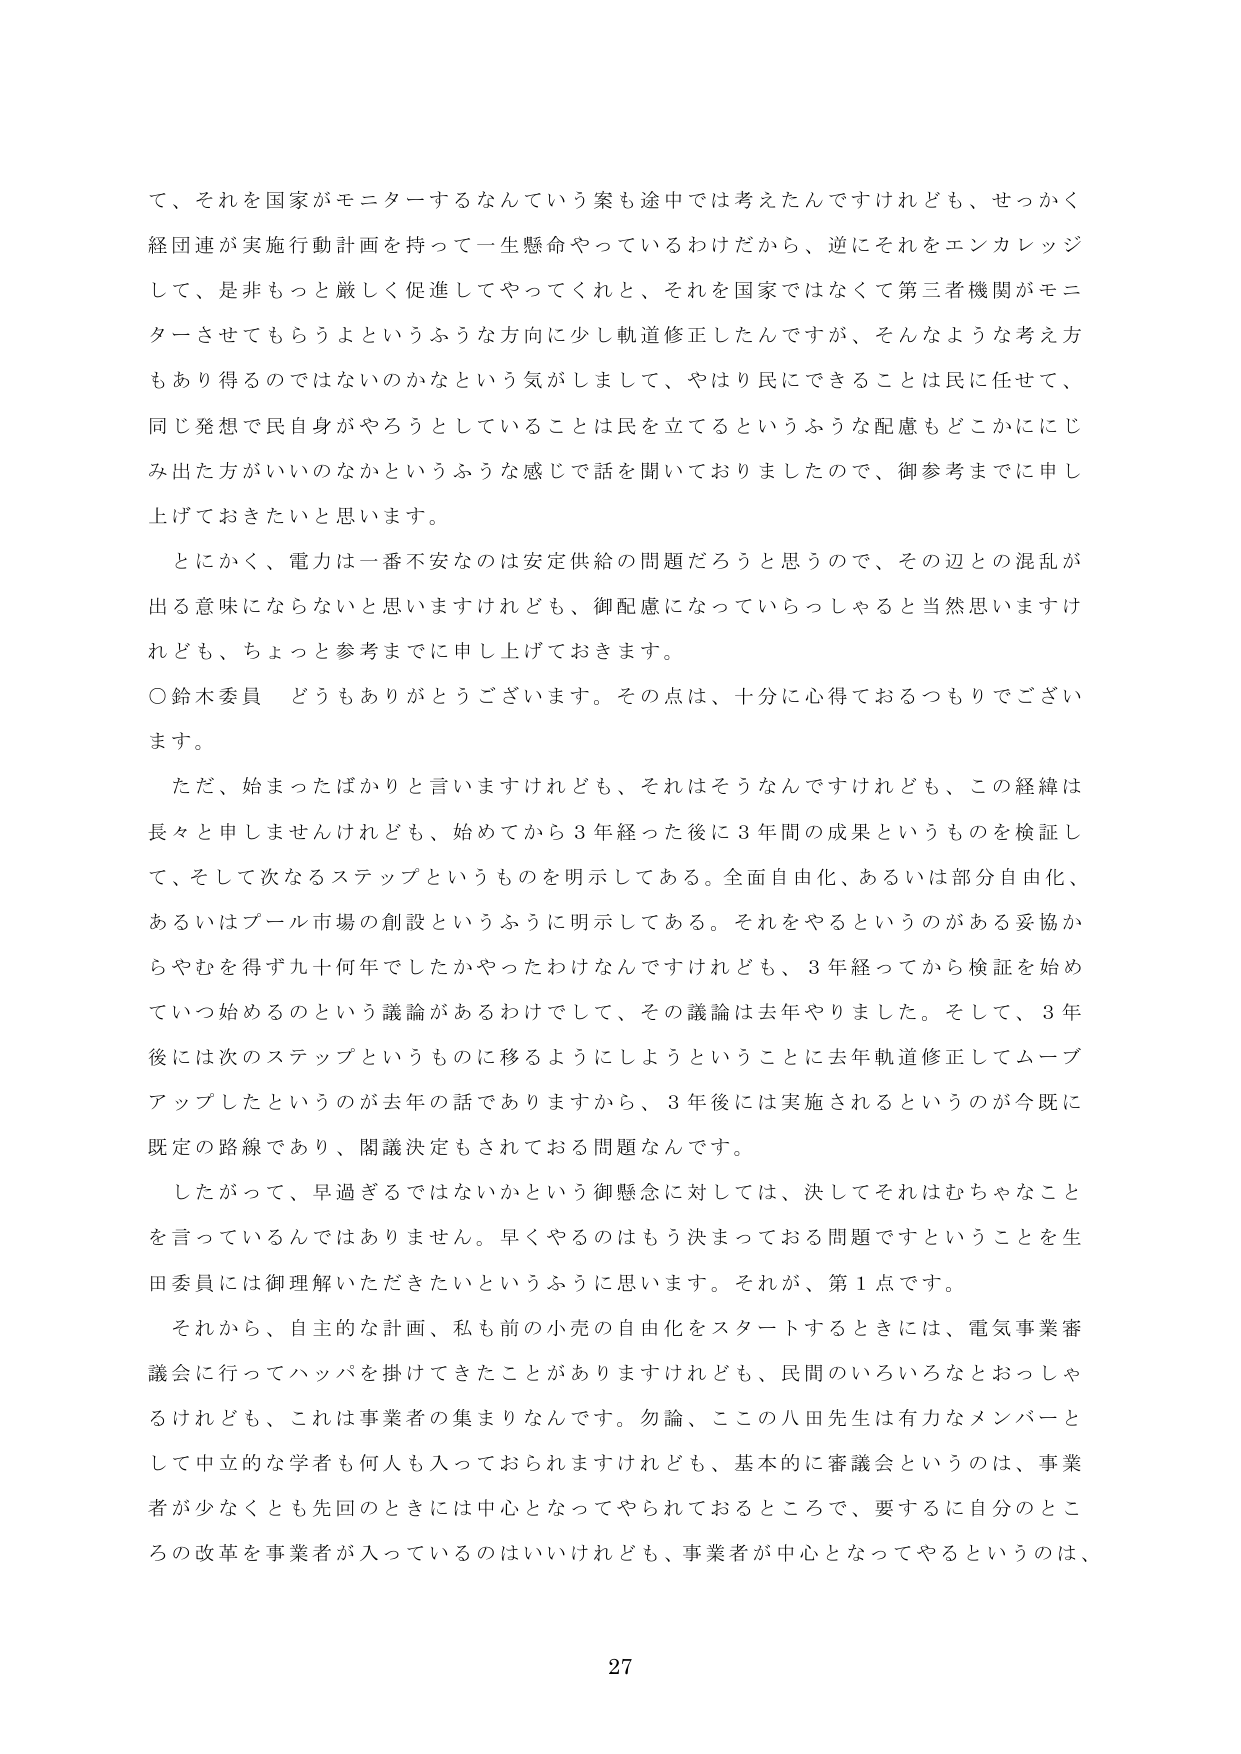
て、それを国家がモニターするなんていう案も途中では考えたんですけれども、せっかく経団連が実施行動計画を持って一生懸命やっているわけだから、逆にそれをエンカレッジして、是非もっと厳しく促進してやってくれと、それを国家ではなくて第三者機関がモニターさせてもらうよというふうな方向に少し軌道修正したんですが、そんなような考え方もあり得るのではないのかなという気がしまして、やはり民にできることは民に任せて、同じ発想で民自身がやろうとしていることは民を立てるというふうな配慮もどこかにじみ出た方がいいのなかというふうな感じで話を聞いておりましたので、御参考までに申し上げておきたいと思います。

とにかく、電力は一番不安なのは安定供給の問題だろうと思うので、その辺との混乱が出る意味にならないと思いますけれども、御配慮になっていらっしゃると当然思いますけれども、ちょっと参考までに申し上げておきます。

○鈴木委員 どうもありがとうございます。その点は、十分に心得ておるつもりでございます。

ただ、始まったばかりと言いますけれども、それはそうなんですけれども、この経緯は長々と申しませんけれども、始めてから3年経った後に3年間の成果というものを検証して、そして次なるステップというものを明示してある。全面自由化、あるいは部分自由化、あるいはプール市場の創設というふうに明示してある。それをやるというのがある妥協からやむを得ず九十何年でしたかやったわけなんですけれども、3年経ってから検証を始めていつ始めるのという議論があるわけでしたので、その議論は去年やりました。そして、3年後には次のステップというものに移るようにしようということに去年軌道修正してムーブアップしたというのが去年の話でありますから、3年後には実施されるというのが今既に既定の路線であり、閣議決定もされておる問題なんです。

したがって、早過ぎるではないかという御懸念に対しては、決してそれはむちゃなことを言っているんではありません。早くやるのはもう決まっておる問題ですということを生田委員には御理解いただきたいというふうに思います。それが、第1点です。

それから、自主的な計画、私も前の小売の自由化をスタートするときには、電気事業審議会に行ってハッパを掛けてきたことがありますけれども、民間のいろいろなとおっしゃるけれども、これは事業者の集まりなんです。勿論、ここの八田先生は有力なメンバーとして中立的な学者も何人も入っておられますけれども、基本的に審議会というのは、事業者が少なくとも先回のときには中心となってやられておるところで、要するに自分のところの改革を事業者が入っているのはいいけれども、事業者が中心となってやるというのは、27